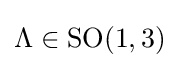
\Lambda \in \operatorname {SO} (1,3)